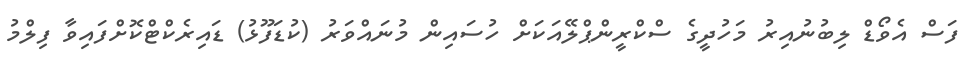
ފަސް އެވޯޑް ލިބުނުއިރު މަހުދީގެ ސްކްރީންޕްލޭއަކަށް ހުސައިން މުނައްވަރު (ކުޑަފޫޅު) ޑައިރެކްޓްކޮށްފައިވާ ފިލްމު